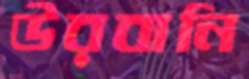
উরবানি